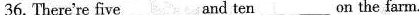
36. There're five___and ten___on the farm.